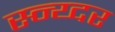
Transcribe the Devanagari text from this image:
स्न्य्दर